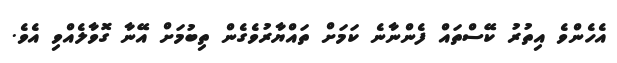
އެހެންވެ އިތުރު ކޭސްތައް ފެންނާނެ ކަމަށް ތައްޔާރުވެގެން ތިބުމަށް އޭނާ ގޮވާލެއްވި އެވެ.